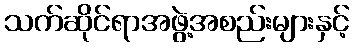
သက်ဆိုင်ရာအဖွဲ့အစည်းများနှင့်